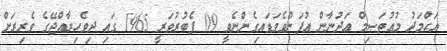
އަޙްމަދު މުޢުތަޞިމް ޢަދުނާން އުފަންވެވަޑައިގެންނެވީ 09 ފެބުރުވަރީ 1965 ގައި ދިވެހިރާއްޖޭގެ ވެރިރަށް